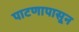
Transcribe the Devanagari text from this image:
पाटणापासून